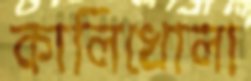
কালিখোলা